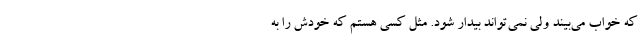
که خواب می‌بیند ولی نمی‌تواند بیدار شود. مثل کسی هستم که خودش را به